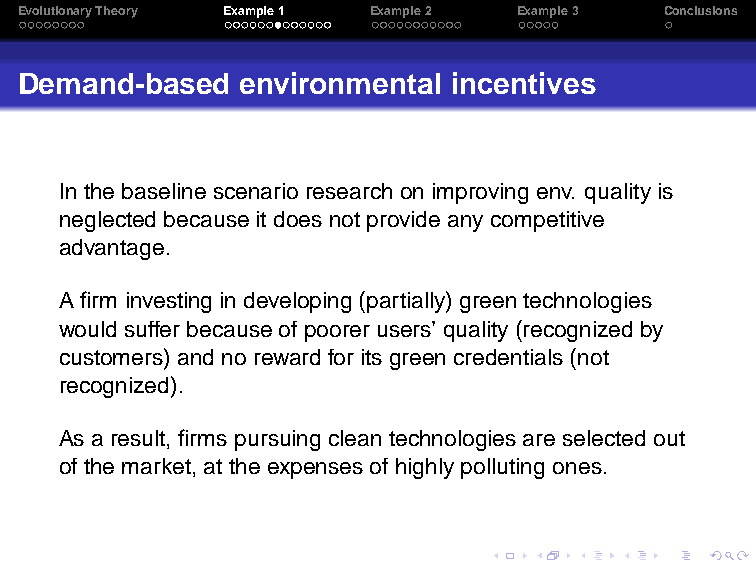
EvolutionaryTheory Example1 Example2 Example3 Conclusions
 Demand-based   environmental incentives
 In the baselinescenario research onimprovingenv. qualityis
 neglectedbecauseitdoesnotprovideanycompetitive
 advantage.
 A firm investing in developing(partially) greentechnologies
 wouldsuffer becauseofpoorerusers’ quality(recognizedby
 customers) andnorewardfor its greencredentials(not
 recognized).
 As aresult, firms pursuingcleantechnologiesareselected out
 ofthe market, atthe expensesofhighlypollutingones.